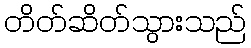
တိတ်ဆိတ်သွားသည်